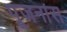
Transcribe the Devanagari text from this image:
पूजनास